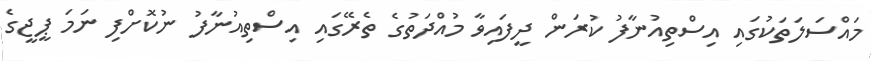
މައްސަލަތަކުގައި އިސްތިއުނާފު ކުރަން ދީފައިވާ މުއްދަތުގެ ތެރޭގައި އިސްތިއުނާފު ނުކޮށްފި ނަމަ ޕީޖީގެ